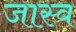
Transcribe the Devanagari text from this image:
जास्व